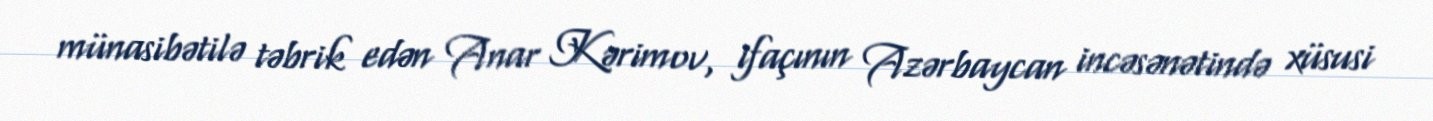
münasibətilə təbrik edən Anar Kərimov, ifaçının Azərbaycan incəsənətində xüsusi